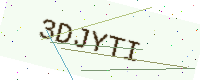
Text: 3DJYTI